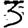
Digit: 3